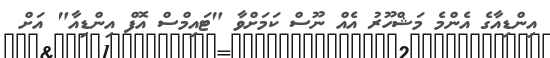
އިންޑިއާގެ އެންމެ މަޝްހޫރު އެއް ނޫސް ކަމަށްވާ "ޓައިމްސް އޮފް އިންޑިއާ" އަށް